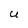
Character: U